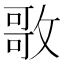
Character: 𭤃